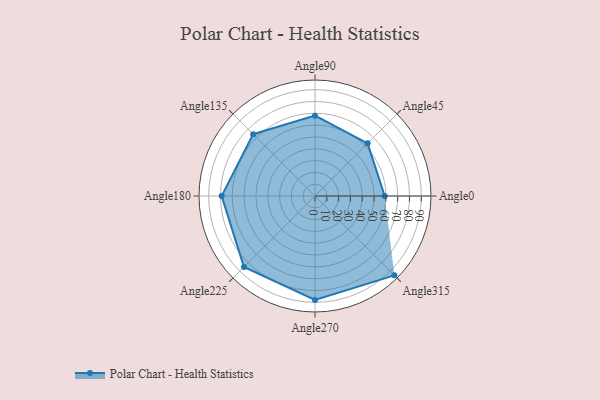
{"axis": {"x": "Angle", "y": "Radius"}, "legend": [""], "data": [{"x": "Angle0", "y": 59.0, "type": ""}, {"x": "Angle45", "y": 63.0, "type": ""}, {"x": "Angle90", "y": 68.0, "type": ""}, {"x": "Angle135", "y": 74.0, "type": ""}, {"x": "Angle180", "y": 79.0, "type": ""}, {"x": "Angle225", "y": 85.0, "type": ""}, {"x": "Angle270", "y": 88.0, "type": ""}, {"x": "Angle315", "y": 95.0, "type": ""}]}